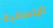
الإنسانية